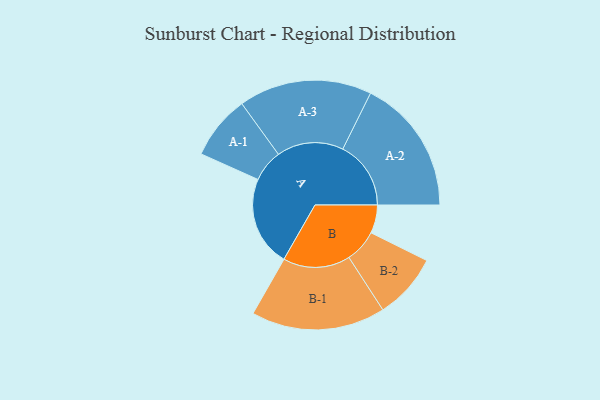
{"axis": {"x": "Segment", "y": "Value"}, "legend": ["", "A", "B"], "data": [{"x": "A", "y": 374, "type": ""}, {"x": "B", "y": 117, "type": ""}, {"x": "A-1", "y": 133, "type": "A"}, {"x": "A-2", "y": 282, "type": "A"}, {"x": "A-3", "y": 276, "type": "A"}, {"x": "B-1", "y": 278, "type": "B"}, {"x": "B-2", "y": 136, "type": "B"}]}